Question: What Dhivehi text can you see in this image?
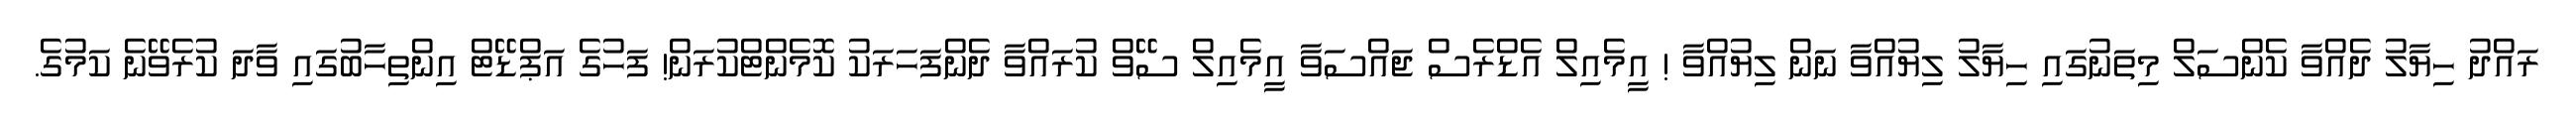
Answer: ރައްދު ހިޔާލު ދެއްވާ ކެންސަލް މިތަނުގައި ހިޔާލު ލިޔުއްވާ ނަން ލިޔުއްވާ ! އީމެއިލް އެޑްރެސް ޖައްސަވާ އީމެއިލް ސޭވް ކުރައްވާ ދެންފަހަރަކު ކޮމެންޓްކުރަން! ފަހުގެ އަޕްޑޭޓް އިންތިހާބުގައި ވާދަ ކުރެވޭނެ ކަމުގެ.